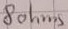
Text: 8ohms